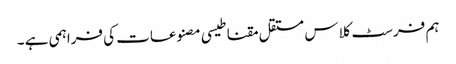
ہم فرسٹ کلاس مستقل مقناطیسی مصنوعات کی فراہمی ہے ۔